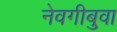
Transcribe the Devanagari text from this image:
नेवगीबुवा